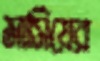
মার্সিয়ের